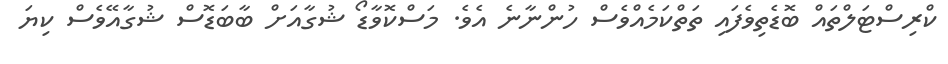
ކްރިސްޓަލްތައް ބޮޑެތިވެފައި ތަތްކަމެއްވެސް ހުންނާނެ އެވެ. މަސްކޮވާޑޯ ޝުގާއަށް ބާބަޑޮސް ޝުގާއޭވެސް ކިޔަ